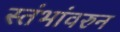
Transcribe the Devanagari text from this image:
स्तंभांवरुन